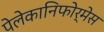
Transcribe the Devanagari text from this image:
पेलेकानिफोर्मेस